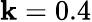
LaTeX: \mathbf{k}=0.4